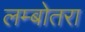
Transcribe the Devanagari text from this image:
लम्बोतरा